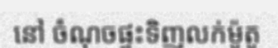
នៅ ចំណុចផ្ទះទិញលក់ម៉ូតូ